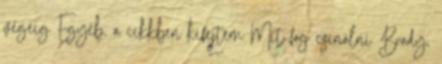
végéig Egyéb, a cikkben kifejtem Mit fog csinálni Brady,